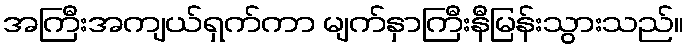
အကြီးအကျယ်ရှက်ကာ မျက်နှာကြီးနီမြန်းသွားသည်။